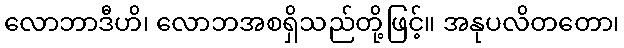
လောဘာဒီဟိ၊ လောဘအစရှိသည်တို့ဖြင့်။ အနုပလိတတော၊